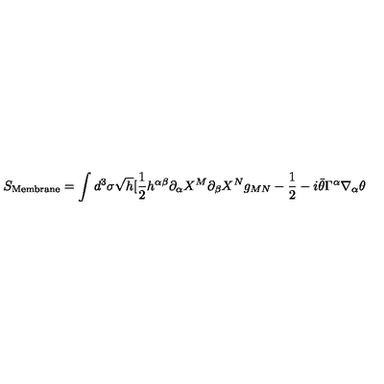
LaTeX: S _ { \mathrm { \tiny { M e m b r a n e } } } = \int d ^ { 3 } \sigma \sqrt { h } [ \frac { 1 } { 2 } h ^ { \alpha \beta } \partial _ { \alpha } X ^ { M } \partial _ { \beta } X ^ { N } g _ { M N } - \frac { 1 } { 2 } - i \bar { \theta } \Gamma ^ { \alpha } \nabla _ { \alpha } \theta